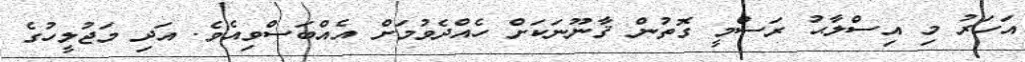
އަހަރު މި އިސްލާޙު ރަސްމީ ގޮތުން ޤާނޫނަކަށް ހެއްދެވުމަށް އެއްބަސްވިއެވެ. އަދި މަޖުލީހުގެ